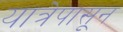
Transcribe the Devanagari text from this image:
यात्रेपासून